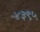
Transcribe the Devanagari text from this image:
४३९५